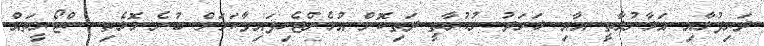
ދަރިފުޅާއި އަޅާނުލާތީ އާއި ޚަރަދު ނުކުރާތީ ދަތިކޮށް އުޅެންޖެހިފައިވާކަމަށް ބުނެ މޮޅެތި ސްޓޯރީތައް